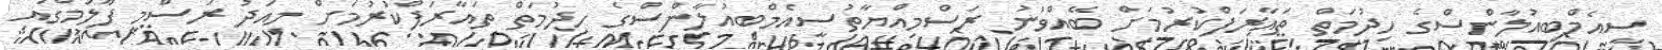
ސީއެމްބިއުލާންސްގެ ހިދުމަތް ތައާރަފްކުރުމަށް ބޭއްވުނު ރަސްމިއްޔާތުސީއެމްބިއުލާންސްގެ ހިދުމަތް ތައާރަފްކުރުމަށް މިއަދު ރަސްމީ ފާލަމްގައި